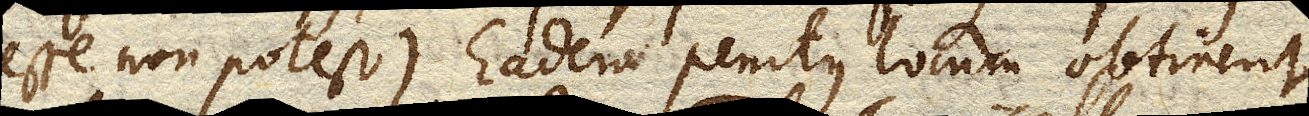
esse non potest). Eadem penitus locum obtinent